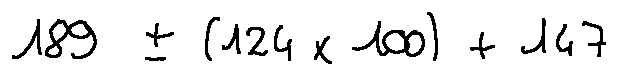
1 8 9 \pm ( 1 2 4 \times 1 0 0 ) + 1 4 7